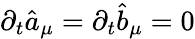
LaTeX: \partial_{t}\hat{a}_{\mu}=\partial_{t}\hat{b}_{\mu}=0